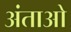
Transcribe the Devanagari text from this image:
अंताओ